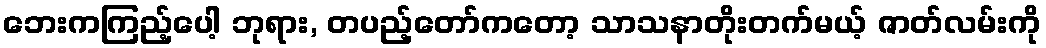
ဘေးကကြည့်ပေါ့ ဘုရား, တပည့်တော်ကတော့ သာသနာတိုးတက်မယ့် ဇာတ်လမ်းကို